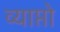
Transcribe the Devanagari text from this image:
व्याप्तो